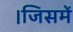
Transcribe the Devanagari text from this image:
।जिसमें